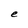
Character: e